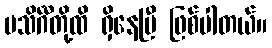
မသိင်္ဂီတို့ထိ ရှိနေပြီ ဖြစ်ပါတယ်။